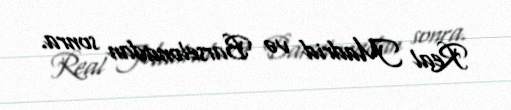
Real Madrid və Barselonadan sonra.